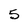
Character: 5